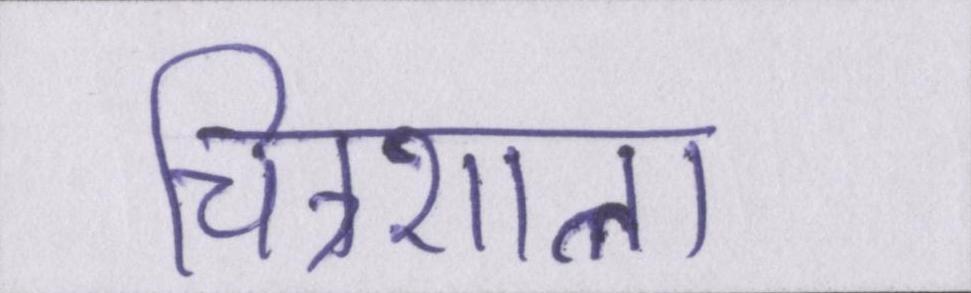
चित्रशाला